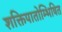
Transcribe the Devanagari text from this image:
शक्तिपातोम्भिषित